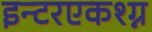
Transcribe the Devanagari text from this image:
इन्टरएकश्ग्न